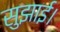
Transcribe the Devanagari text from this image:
सुझाई।